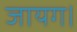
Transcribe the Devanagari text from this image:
जायग।